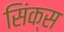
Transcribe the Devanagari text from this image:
सिंक्स